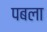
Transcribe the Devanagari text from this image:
पबला